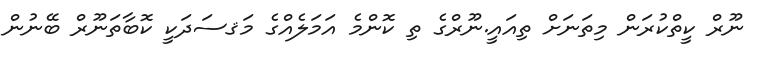
ނޫރް ކީތްކުރަން މިތަނަށް ތިއައީ.ނޫރްގެ ތި ކޮންމެ އަމަލެއްގެ މަޤސަދަކީ ކޮބާތަނޫރް ބޭނުން